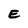
Character: E